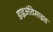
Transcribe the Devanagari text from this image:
डाइअंविसाइड